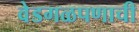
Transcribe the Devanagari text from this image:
वेडगळपणाची